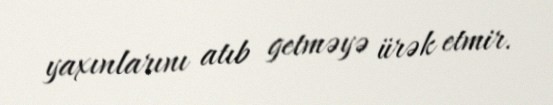
yaxınlarını atıb getməyə ürək etmir.